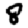
Digit: 8